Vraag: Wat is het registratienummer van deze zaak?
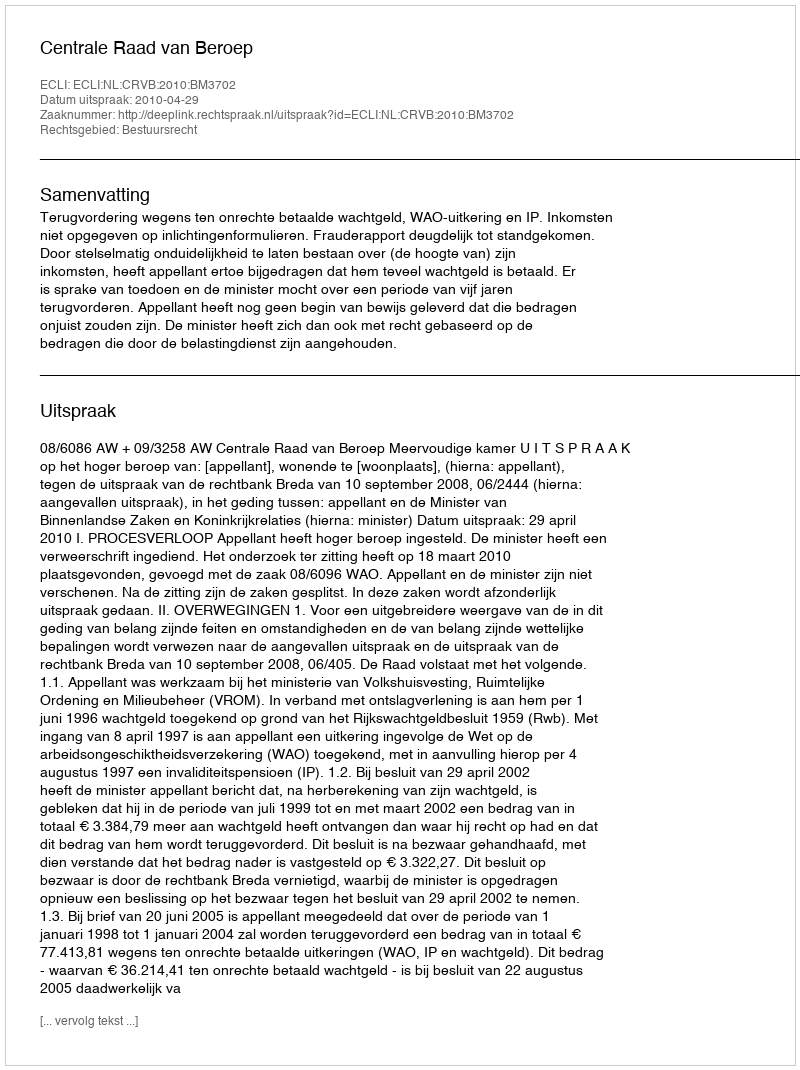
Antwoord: http://deeplink.rechtspraak.nl/uitspraak?id=ECLI:NL:CRVB:2010:BM3702